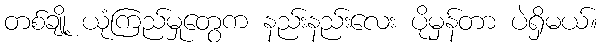
တစ်ချို့ ယုံကြည်မှုတွေက နည်းနည်းလေး ပိုမှန်တာ ပဲရှိမယ်။